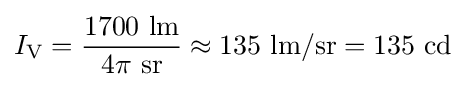
I_{\text{V}}={\frac {1700\ {\text{lm}}}{4\pi \ {\text{sr}}}}\approx 135\ {\text{lm}}/{\text{sr}}=135\ {\text{cd}}